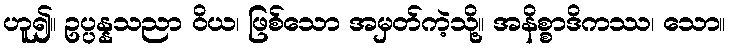
ဟူ၍။ ဥပ္ပန္နသညာ ဝိယ၊ ဖြစ်သော အမှတ်ကဲ့သို့။ အနိစ္စာဒိကဿ၊ သော။